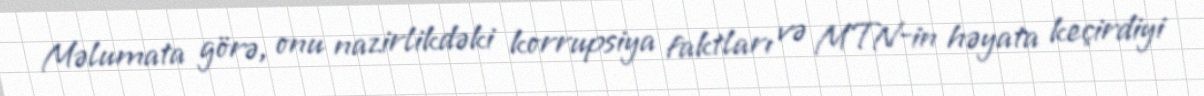
Məlumata görə, onu nazirlikdəki korrupsiya faktları və MTN-in həyata keçirdiyi